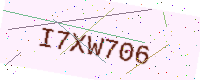
Text: I7XW706